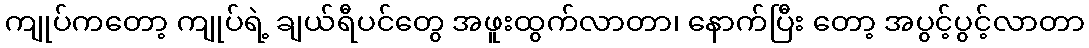
ကျုပ်ကတော့ ကျုပ်ရဲ့ ချယ်ရီပင်တွေ အဖူးထွက်လာတာ၊ နောက်ပြီး တော့ အပွင့်ပွင့်လာတာ